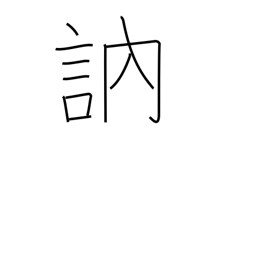
Meaning: stutter